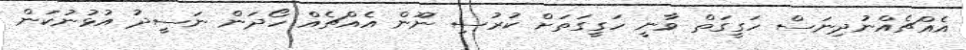
އެއްޗެއްނުދިނަސް ހަގީގަތް ވާނީ ހަގީގަތަށް ކުރުސި ނޫން އެއްޗެއް ހޯދަން ނަސީދު އުޅުނުކަން